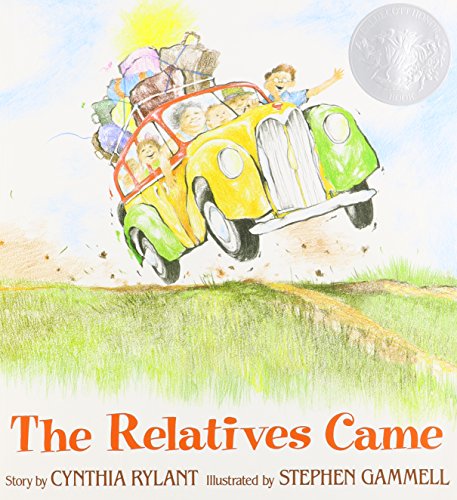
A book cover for The Relatives Came; Cynthia Rylant; Literature & Fiction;